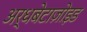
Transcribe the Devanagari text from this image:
अर्धबेटाज़ोइड